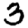
Digit: 3